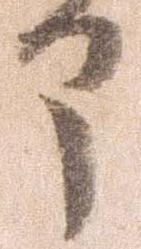
部